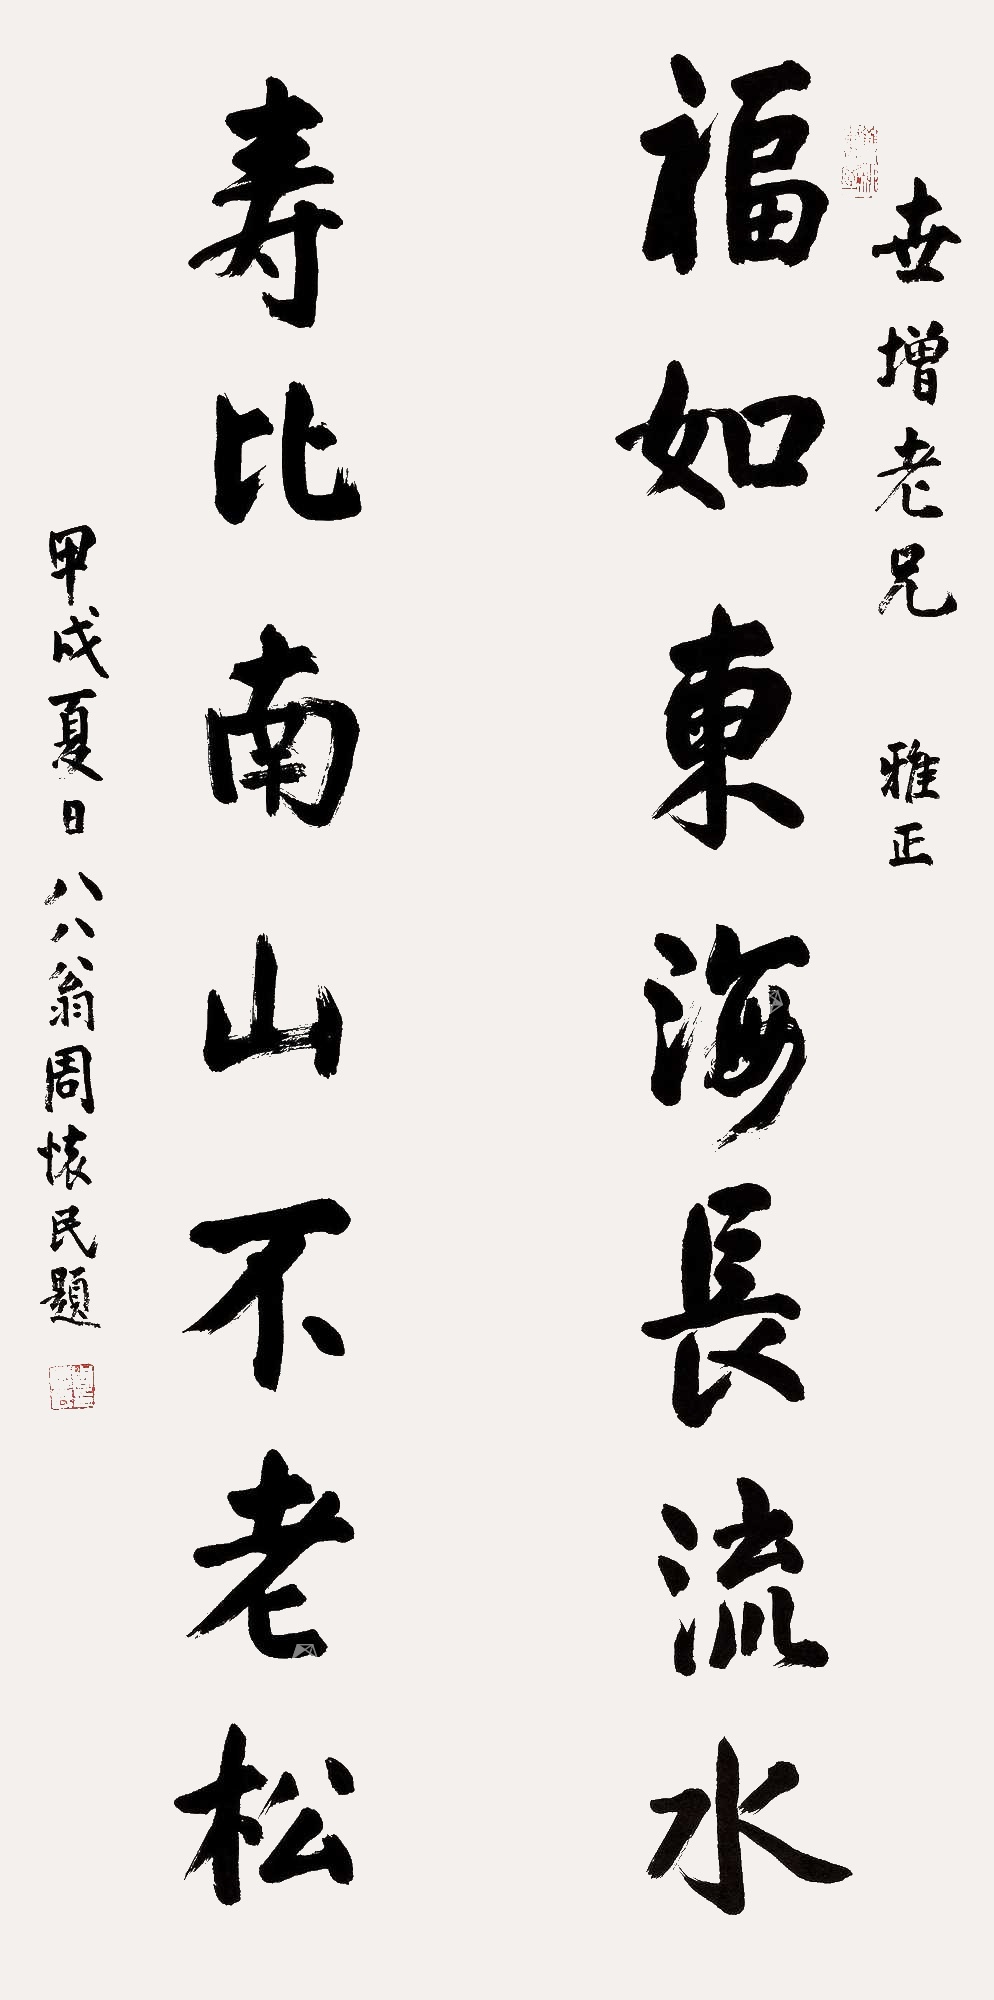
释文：福如东海长流水，寿比南山不老松。世增老兄雅正，甲戌（1994年）夏日，八八翁周怀民题。